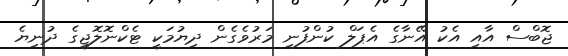
ޖޮބްސް އާއި އެކު އޭނާގެ އެޕަލް ކުންފުނި މަރުވެގެން ދިޔުމަކީ ޓެކްނޮލޮޖީގެ ދުނިޔެ